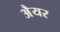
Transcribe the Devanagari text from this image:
अैयर